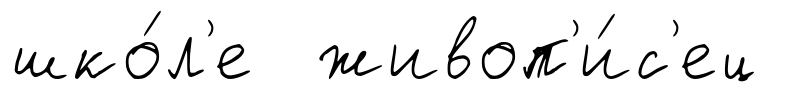
шко́л'е живоп'и́с'ец